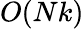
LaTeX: O(Nk)